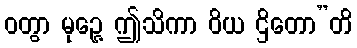
ဝတွာ မုဉ္ဇေ ဤသိကာ ဝိယ ဌိတော”တိ